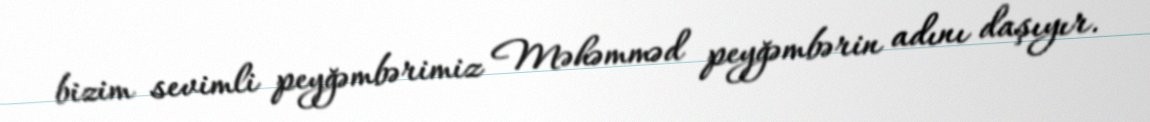
bizim sevimli peyğəmbərimiz Məhəmməd peyğəmbərin adını daşıyır.